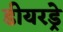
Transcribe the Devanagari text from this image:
डीयरड्रे